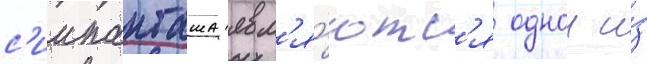
с'иипанташа явл'я́ютс'я однои и́з